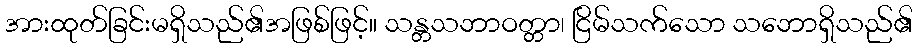
အားထုတ်ခြင်းမရှိသည်၏အဖြစ်ဖြင့်။ သန္တသဘာဝတ္တာ၊ ငြိမ်သက်သော သဘောရှိသည်၏